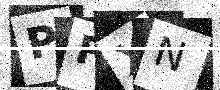
Text: PFXN